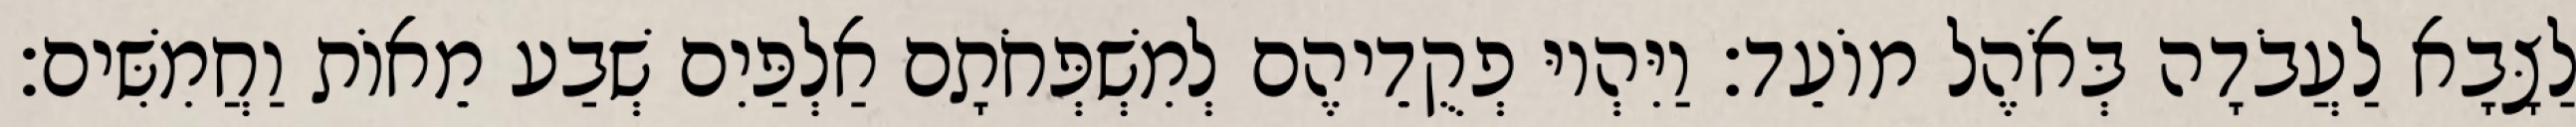
לַצָּבָא לַעֲבֹדָה בְּאֹהֶל מוֹעֵד׃ וַיִּהְיוּ פְקֻדֵיהֶם לְמִשְׁפְּחֹתָם אַלְפַּיִם שְׁבַע מֵאוֹת וַחֲמִשִּׁים׃